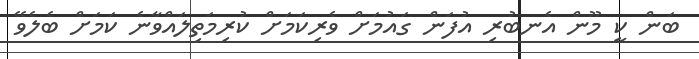
ބަން ކީ މޫން އެނބުރި އުފަން ގައުމަށް ވެރިކަމަށް ކުރިމަތިލައްވާނެ ކަމަށް ބެލެވޭ